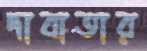
দাবাতার